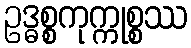
ဥဒ္ဓစ္စကုက္ကုစ္စဿ